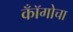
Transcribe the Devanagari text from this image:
कॉँगोचा